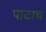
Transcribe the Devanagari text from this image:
पाटाच